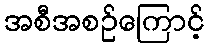
အစီအစဉ်ကြောင့်